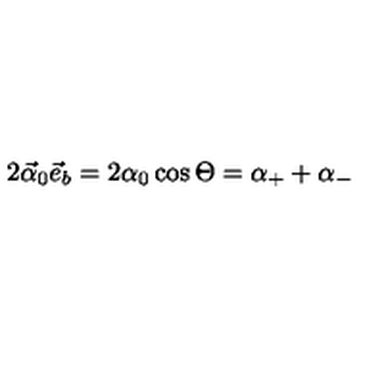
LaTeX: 2 \vec { \alpha } _ { 0 } \vec { e } _ { b } = 2 \alpha _ { 0 } \cos \Theta = \alpha _ { + } + \alpha _ { - }